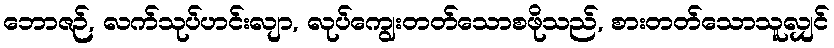
ဘောဇဉ်, လက်သုပ်ဟင်းလျာ, လုပ်ကျွေးတတ်သောစဖိုသည်, စားတတ်သောသူလျှင်